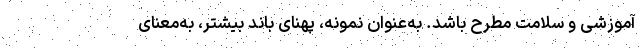
آموزشی و سلامت مطرح باشد. به‌عنوان نمونه، پهنای باند بیشتر، به‌معنای